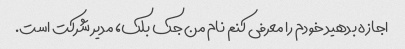
اجازه بدهید خودم را معرفی کنم نام من جک بلک، مدیر شرکت است.